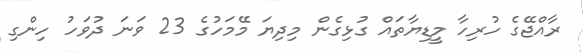
ރާއްޖޭގެ ހުރިހާ މީޑިޔާތައް ގުޅިގެން މިދިޔަ މޭމަހުގެ 23 ވަނަ ދުވަހު ހިންގި